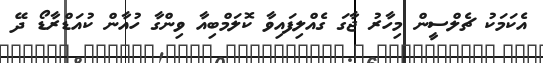
އެކަމަކު ޗެލްސީން މިހާރު ޖާގަ ގެއްލިފައިވާ ކޮލަމްބިއާ ވިންގާ ހުއާން ކުއަޑްރާޑޯ ދޭ